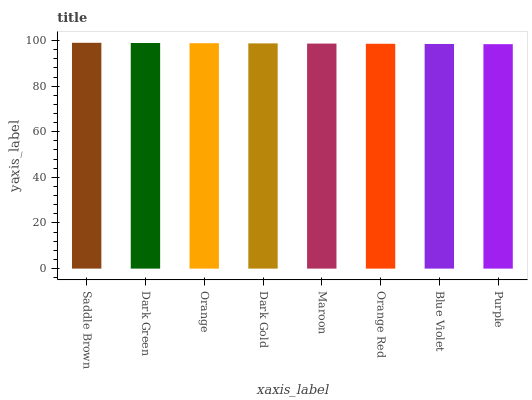
| xaxis_label | bars |
 | --- | --- |
 | Saddle Brown | 99 |
 | Dark Green | 98.9 |
 | Orange | 98.8 |
 | Dark Gold | 98.7 |
 | Maroon | 98.7 |
 | Orange Red | 98.6 |
 | Blue Violet | 98.5 |
 | Purple | 98.4 |